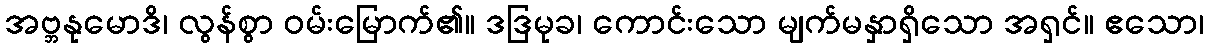
အဗ္ဘနုမောဒိ၊ လွန်စွာ ဝမ်းမြောက်၏။ ဒဒြမုခ၊ ကောင်းသော မျက်မနှာရှိသော အရှင်။ ဧသော၊